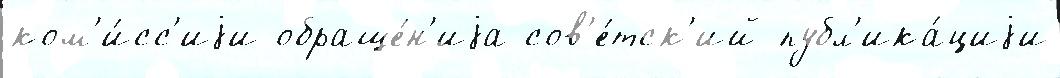
ком'и́сс'иjи обраще́н'иjа сов'е́тск'ий публ'ика́циjи